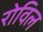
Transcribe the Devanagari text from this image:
रोविल